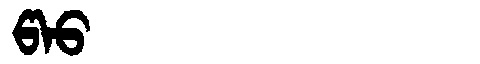
Manchu: ᡦᠠᠣ
Romanization: PAO